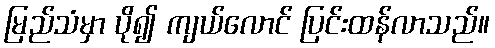
မြည်သံမှာ ပို၍ ကျယ်လောင် ပြင်းထန်လာသည်။